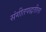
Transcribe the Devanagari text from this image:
संगीतपद्धतीला